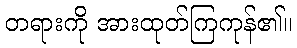
တရားကို အားထုတ်ကြကုန်၏။